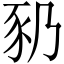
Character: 𬤻